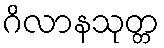
ဂိလာနသုတ္တ